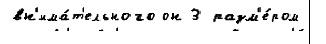
вн'има́т'ельного он 3 разм'е́ром